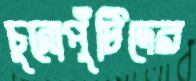
চুনোপুঁটিদের